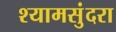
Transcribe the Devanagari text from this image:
श्यामसुंदरा